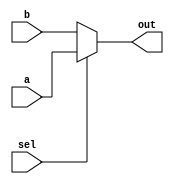
module mux_13_2to1(a,b,sel,out); //0-->a,1-->b

input [12:0]a,b;
input sel;

output [12:0]out;
wire [12:0]out;

assign out=sel?a:b;

endmodule